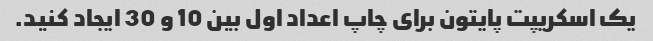
یک اسکریپت پایتون برای چاپ اعداد اول بین 10 و 30 ایجاد کنید.